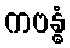
ကဗန္ဓံ